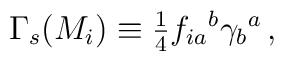
\Gamma_{s}(M_{i})\equiv {\textstyle\frac{1}{4}}f_{ia}{}^{b}\gamma_{b}{}^{a}\, ,